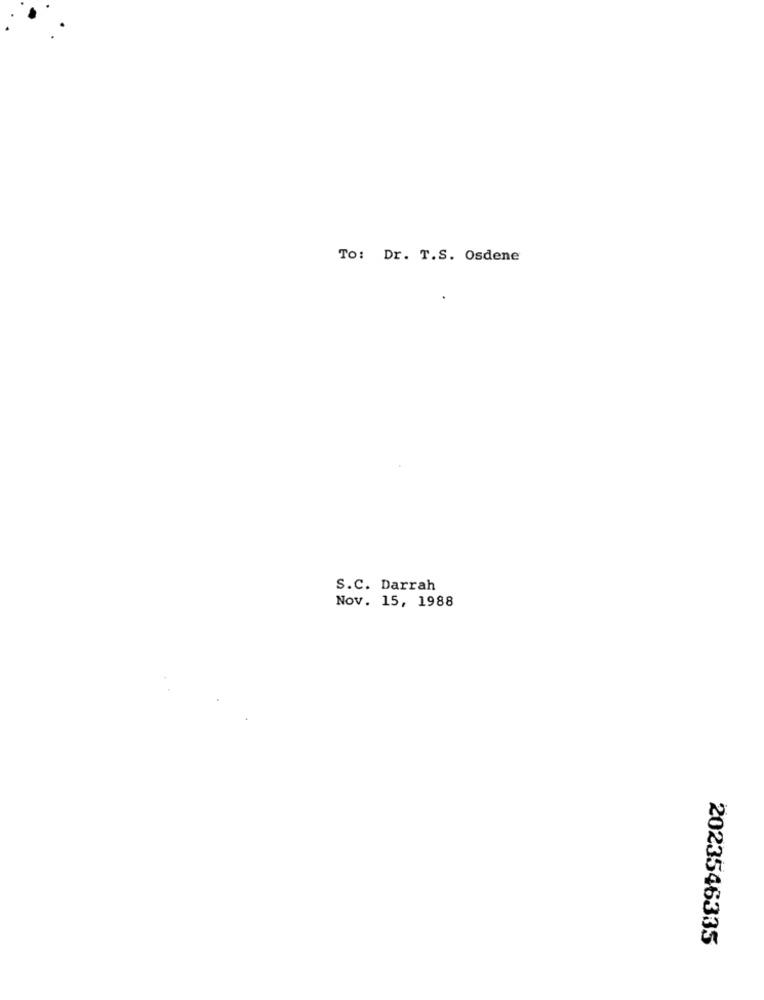
To: Dr. T.S. Osdene
S.C. Darrah
Nov. 15, 1988
2023546335